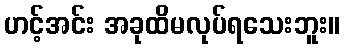
ဟင့်အင်း အခုထိမလုပ်ရသေးဘူး။